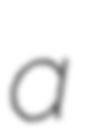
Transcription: a